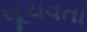
સૂચવતા